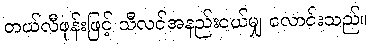
တယ်လီဖုန်းဖြင့် သီလင်အနည်းငယ်မျှ လောင်းသည်။